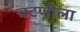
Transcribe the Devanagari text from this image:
चटणीला